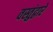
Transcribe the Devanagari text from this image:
वस्तुंद्वारे